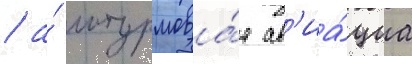
/ а́ штурмова́я ав'иа́циа